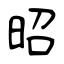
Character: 昭